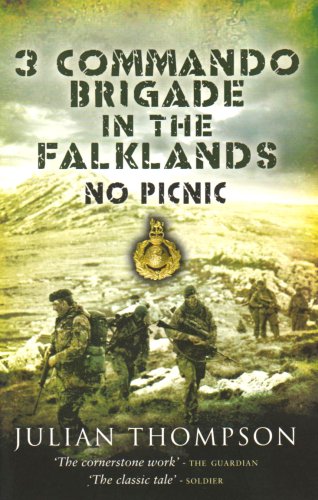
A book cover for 3 COMMANDO BRIGADE IN THE FALKLANDS: No Picnic; Julian Thompson; History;